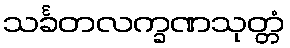
သင်္ခတလက္ခဏသုတ္တံ